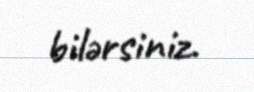
bilərsiniz.